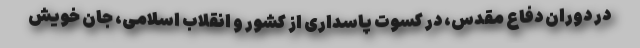
در دوران دفاع مقدس، در کسوت پاسداری از کشور و انقلاب اسلامی، جان خویش